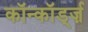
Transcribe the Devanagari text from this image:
कॉन्कॉर्ड्ज़